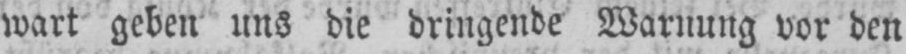
wart geben uns die dringende Warnung vor den